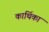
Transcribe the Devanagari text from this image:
कार्थिका